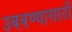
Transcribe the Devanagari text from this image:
उबवण्यासाठी